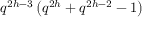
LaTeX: q ^ { 2 h - 3 } \left( q ^ { 2 h } + q ^ { 2 h - 2 } - 1 \right)